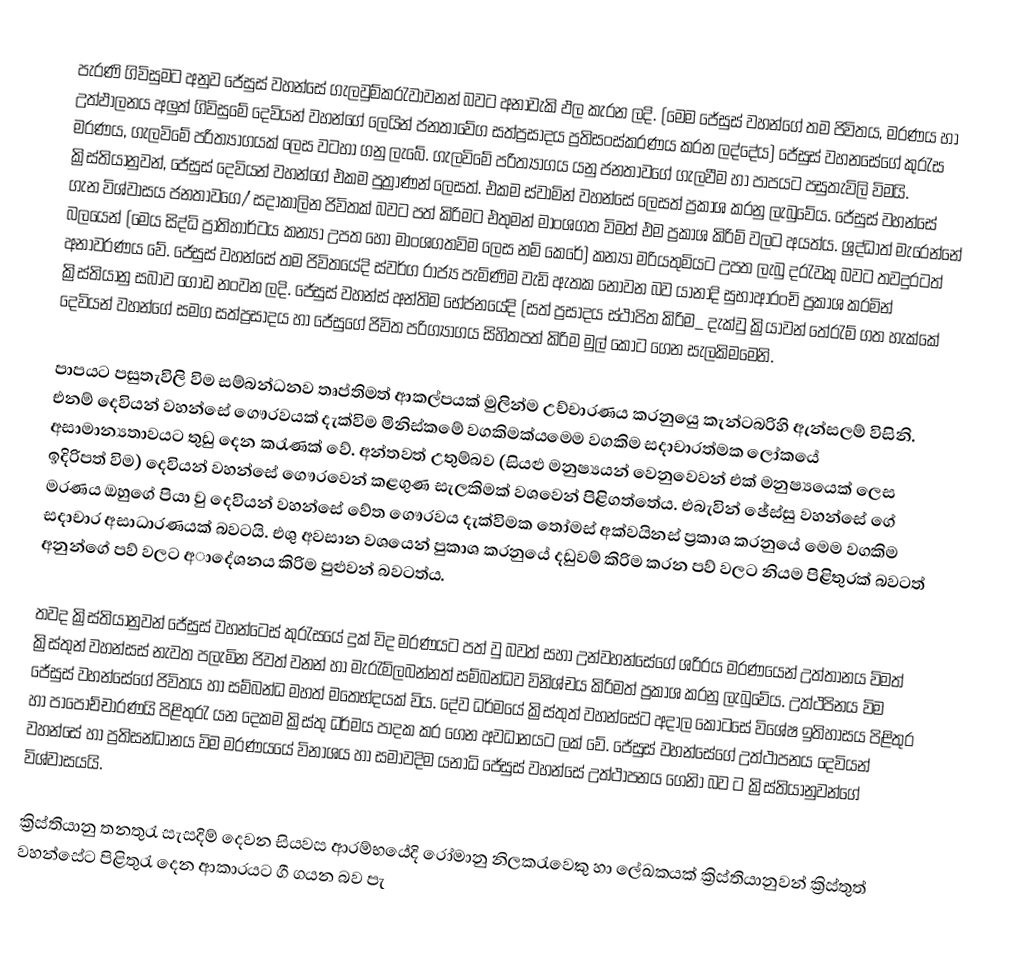
පැරණි ගිවිසුමට අනුව ජේසුස් වහන්සේ ගැලවුම්කරැවාවනන් බවට අනාවැකි ඵල කැරන ලදි. (මෙම ජේසුස් වහන්ගේ තම ජිවිතය, මරණය හා උත්ඵාලනය අලුත් ගිවිසුමේ දෙවියන් වහන්ගේ ලෙයින් ජනතාවේග සත්ප්‍රසාදය ප්‍රතිසංස්කරණය කරන ලද්දේය) ජේසුස් වහනසේගේ කුරැස මරණය, ගැලවිමේ පරිත්‍යාගයක් ලෙස වටහා ගනු ලැබේ. ගැලවිමේ පරිත්‍යාගය යනු ජනතාවගේ ගැලවීම හා පාපයට පසුතැවිලි විමයි. ක්‍රිස්තියානුවන්, ජේසුස්  දෙවියන් වහන්ගේ එකම පුත්‍රාණන් ලෙසත්. එකම ස්වාමින් වහන්සේ ලෙසත් ප්‍රකාශ කරනු ලැබුවේය. ජේසුස් වහන්සේ ගැන විශ්වාසය ජනතාවගෙ/් සදාකාලින ජිවිතක් බවට පත් කිරිමට එතුමන් මාංශගත විමත් එම ප්‍රකාශ කිරිම් වලට අයත්ය. ශ්‍රද්ධාත් මැරෙන්නේ බලයෙන් (මෙය සිද්ධි ප්‍රාතිහාර්ටය කන්‍යා උපත හෝ මාංශගතවිම ලෙස නම් කෙරේ) කන්‍යා මරියතුමියට උපත ලැබු දරැවකු බවට තවදුරටත් අනාවරණය වේ. ජේසුස් වහන්සේ තම ජිවිතයේදි ස්වර්ග රාජ්‍ය පැමිණිම වැඩි ඇතක නොවන බව යානාදි සුභාආරංචි ප්‍රකාශ කරමින් ක්‍රිස්තියානු සබාව ගොඩ නංවන ලදි. ජේසුස් වහන්ස් අන්තිම භේජනයේදි (සත් ප්‍රසාදය ස්ථාපිත කිරිම_ දැක්වු ක්‍රියාවන් තේරැම් ගත හැක්කේ දෙවියන් වහන්ගේ සමග සත්ප්‍රසාදය හා ජේසුගේ ජිවිත පරිග්‍යාගය සිහිතපත් කිරිම මුල් කොට ගෙන සැලකිමමෙනි.

පාපයට පසුතැවිලි විම සම්බන්ධනව තෘප්තිමත් ආකල්පයක් මුලින්ම උච්චාරණය කරනුයෙු කැන්ටබරිහි ඇන්සලම් විසිනි. එනම් දෙවියන් වහන්සේ ගෞරවයක් දැක්විම මිනිස්කමේ වගකිමක්යමෙම වගකිම සදාචාරත්මක ලෝකයේ අසාමාන්‍යතාවයට තුඩු දෙන කරැණක් වේ. ‍අන්තවත් උතුම්බව (සියළු මනුෂ්‍යයන් වෙනුවෙවන් එක් මනුෂ්‍යයෙක් ලෙස ඉදිරිපත් විම) දෙවියන් වහන්සේ ගෞරවෙන් කළගුණ සැලකිමක් වශවෙන් පිළිගත්තේය. එබැවින් ජේස්සු වහන්සේ ගේ මරණය ඔහුගේ පියා වු දෙවියන් වහන්සේ වේත ගෞරවය දැක්විමක තෝමස් අක්වයිනස් ප්‍රකාශ කරනුයේ මෙම වගකිම සදාචාර අසාධාරණයක් බවටයි. එශු අවසාන වශයෙන් පුකාශ කරනුයේ දඩුවම් කිරිම කරන පව් වලට නියම පිළිතුරක් බවටත් අනුන්ගේ පව් වලට අාදේශනය කිරිම පුළුවන් බවටත්ය.

තවද ක්‍රිස්තියානුවන් ජේසුස් වහන්ටෙස් කුරැසයේ දුක් විද මරණයට පත් වු බවත් සහා උන්වහන්සේගේ ශරිරය මරණයෙන් උත්තානය විමත් ක්‍රිස්තුන් වහන්සස් නැවත පලැමින ජිවත් වනන් හා මැරැම්ලබන්නත් සම්බන්ධව විනිශ්චය කිරිමත් ප්‍රකාශ කරනු ලැබුවේය. උත්ථපිනය විම ජේසුස් වහන්සේගේ ජිවිතය හා සම්බන්ධ මහත් මත‍ෙභ්දයක් විය. දේව ධර්මයේ ක්‍රිස්තුත් වහන්සේට අදාල කොටසේ විශේෂ ඉතිහාසය පිළිතුර හා පාපොච්චාරණයි පිළිතුරැ යන දෙකම ක්‍රිස්තු ධර්මය පාදක කර ගෙන අවධානයට ලක් වේ. ජේසුස් වහන්සේගේ උත්ථාපනය දෙවියන් වහන්සේ හා ප්‍රතිසන්ධානය විම මරණයයේ විනාශය හා සමාවදිම යනාධි ජේසුස් වහන්සේ උත්ථාපනය ගෙනිා බව ට ක්‍රිස්තියානුවන්ගේ විශ්වාසයයි.

ක්‍රිස්තියානු තනතුරැ සැසදිම් දෙවන සියවස ආරම්භයේදි රෝමානු නිලකරැවෙකු හා ලේඛකයක් ක්‍රිස්තියානුවන් ක්‍රිස්තුත් වහන්සේට පිළිතුරැ දෙන ආකාරයට ගී ගයන බව පැ